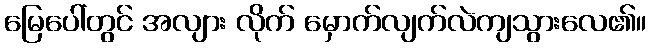
မြေပေါ်တွင် အလျား လိုက် မှောက်လျက်လဲကျသွားလေ၏။